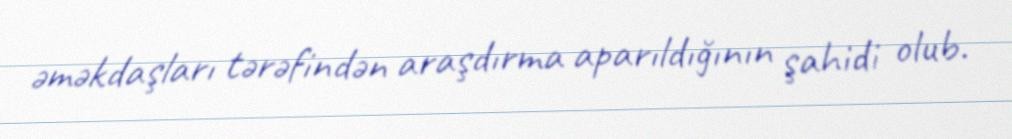
əməkdaşları tərəfindən araşdırma aparıldığının şahidi olub.